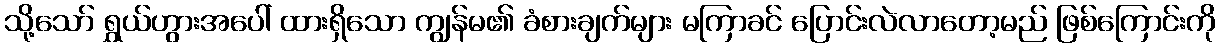
သို့သော် ရွှယ်ဟွားအပေါ် ထားရှိသော ကျွန်မ၏ ခံစားချက်များ မကြာခင် ပြောင်းလဲလာတော့မည် ဖြစ်ကြောင်းကို